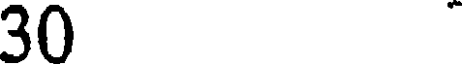
30